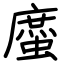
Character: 䗪